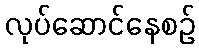
လုပ်ဆောင်နေစဉ်